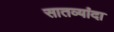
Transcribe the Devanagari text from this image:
सातव्यांदा